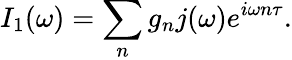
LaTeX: {I_{1}(\omega)=\sum_{n}g_{n}j(\omega)e^{i\omega n\tau}}.